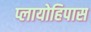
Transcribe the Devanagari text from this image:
प्लायोहिपास